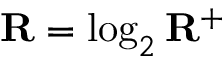
\mathbf { R } = \log _ { 2 } \mathbf { R } ^ { + }